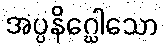
အပ္ပနိဂ္ဃေါသော